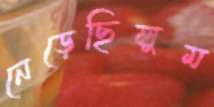
নেড়েছিলুম